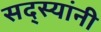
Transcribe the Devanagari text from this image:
सद्स्यांनी